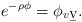
LaTeX: \begin{align*}e^{-\rho\phi}=\phi_{v\b{v}}.\end{align*}